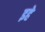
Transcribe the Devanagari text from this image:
इहे